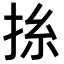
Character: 𢬡